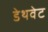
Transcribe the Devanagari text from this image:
डेथवेट